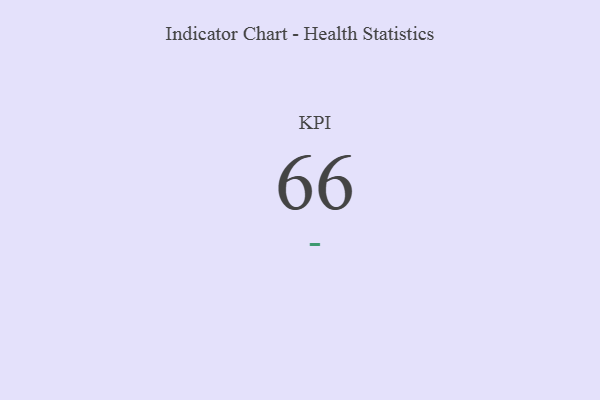
{"axis": {"x": "KPI", "y": "Value"}, "legend": [""], "data": [{"x": "KPI", "y": 66, "type": ""}]}